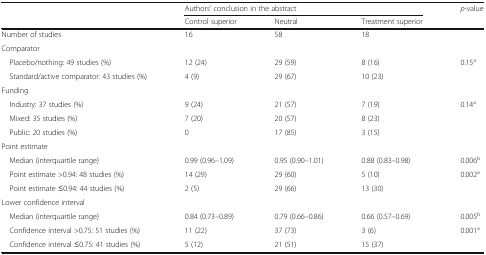
<table><thead><tr><td rowspan="2"></td><td colspan="3"><b>Authors’ conclusion in the abstract</b></td><td rowspan="2"><b><i>p</i>-value</b></td></tr><tr><td><b>Control superior</b></td><td><b>Neutral</b></td><td><b>Treatment superior</b></td></tr></thead><tbody><tr><td>Number of studies</td><td>16</td><td>58</td><td>18</td><td></td></tr><tr><td colspan="5">Comparator</td></tr><tr><td> Placebo/nothing: 49 studies (%)</td><td>12 (24)</td><td>29 (59)</td><td>8 (16)</td><td rowspan="2">0.15<sup>a</sup></td></tr><tr><td> Standard/active comparator: 43 studies (%)</td><td>4 (9)</td><td>29 (67)</td><td>10 (23)</td></tr><tr><td colspan="5">Funding</td></tr><tr><td> Industry: 37 studies (%)</td><td>9 (24)</td><td>21 (57)</td><td>7 (19)</td><td rowspan="3">0.14<sup>a</sup></td></tr><tr><td> Mixed: 35 studies (%)</td><td>7 (20)</td><td>20 (57)</td><td>8 (23)</td></tr><tr><td> Public: 20 studies (%)</td><td>0</td><td>17 (85)</td><td>3 (15)</td></tr><tr><td colspan="5">Point estimate</td></tr><tr><td> Median (interquartile range)</td><td>0.99 (0.96–1.09)</td><td>0.95 (0.90–1.01)</td><td>0.88 (0.83–0.98)</td><td>0.006<sup>b</sup></td></tr><tr><td> Point estimate &gt;0.94: 48 studies (%)</td><td>14 (29)</td><td>29 (60)</td><td>5 (10)</td><td rowspan="2">0.002<sup>a</sup></td></tr><tr><td> Point estimate ≤0.94: 44 studies (%)</td><td>2 (5)</td><td>29 (66)</td><td>13 (30)</td></tr><tr><td colspan="5">Lower confidence interval</td></tr><tr><td> Median (interquartile range)</td><td>0.84 (0.73–0.89)</td><td>0.79 (0.66–0.86)</td><td>0.66 (0.57–0.69)</td><td>0.005<sup>b</sup></td></tr><tr><td> Confidence interval &gt;0.75: 51 studies (%)</td><td>11 (22)</td><td>37 (73)</td><td>3 (6)</td><td rowspan="2">0.001<sup>a</sup></td></tr><tr><td> Confidence interval ≤0.75: 41 studies (%)</td><td>5 (12)</td><td>21 (51)</td><td>15 (37)</td></tr></tbody></table>